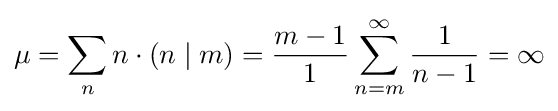
\mu =\sum _{n}n\cdot (n\mid m)={\frac {m-1}{1}}\sum _{n=m}^{\infty }{\frac {1}{n-1}}=\infty